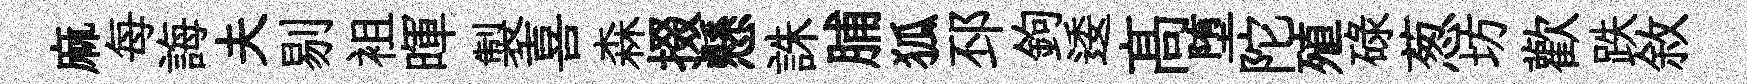
麻每誨夫剔袓暉製喜森掇懸誅脯狐邳鉤逶髙堕陀殖碌葱坊歡跌敘